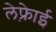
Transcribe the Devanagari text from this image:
लेफ़्रेाई